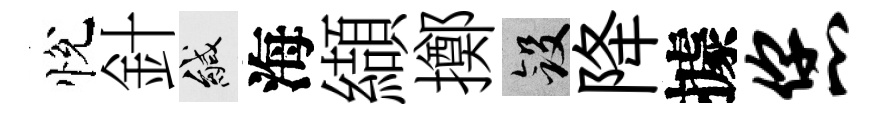
悅針緘海纈擲斂降據您